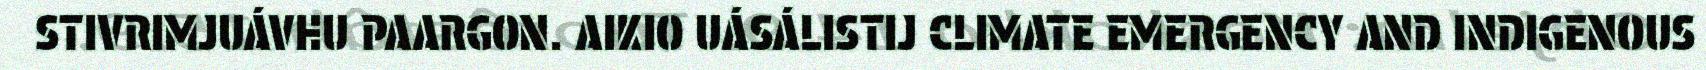
STIVRIMJUÁVHU PAARGON. AIKIO UÁSÁLISTIJ CLIMATE EMERGENCY AND INDIGENOUS